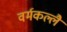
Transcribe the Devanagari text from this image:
वर्मकल्लै